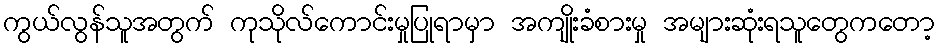
ကွယ်လွန်သူအတွက် ကုသိုလ်ကောင်းမှုပြုရာမှာ အကျိုးခံစားမှု အများဆုံးရသူတွေကတော့